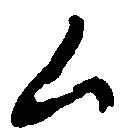
ム